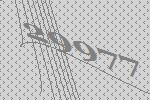
29977